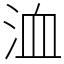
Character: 洫